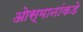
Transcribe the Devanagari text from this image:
ओस्मानांकडे